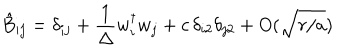
\hat { B } _ { i j } = \delta _ { i j } + { \frac { 1 } { \Delta } } w _ { i } ^ { \dagger } w _ { j } + c \, \delta _ { i 2 } \delta _ { j 2 } + O ( \sqrt { r / a } )